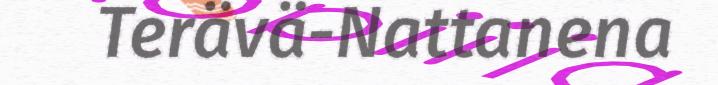
Terävä-Nattanena